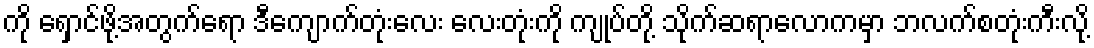
ကို ရှောင်ဖို့အတွက်ရော ဒီကျောက်တုံးလေး လေးတုံးကို ကျုပ်တို့ သိုက်ဆရာလောကမှာ ဘလက်စတုံးကီးလို့